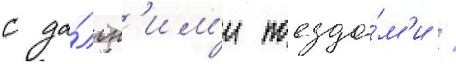
с да́льн'им'и поезда́м'и /